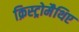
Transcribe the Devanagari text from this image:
क्रिस्ट्रोमैथिए